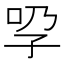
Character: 𡥕